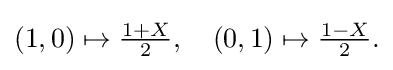
{\textstyle (1,0)\mapsto {\frac {1+X}{2}},\quad (0,1)\mapsto {\frac {1-X}{2}}.}